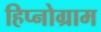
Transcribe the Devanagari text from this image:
हिप्नोग्राम